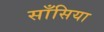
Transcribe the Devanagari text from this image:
साँसिया